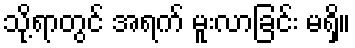
သို့ရာတွင် အရက် မူးလာခြင်း မရှိ။